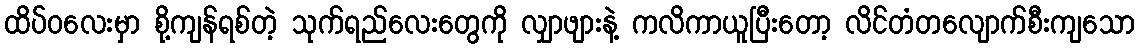
ထိပ်ဝလေးမှာ စို့ကျန်ရစ်တဲ့ သုက်ရည်လေးတွေကို လျှာဖျားနဲ့ ကလိကာယူပြီးတော့ လိင်တံတလျောက်စီးကျသော